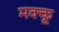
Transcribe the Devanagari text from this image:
मक्‍कू